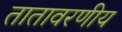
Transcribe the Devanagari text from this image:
तातावरणीय